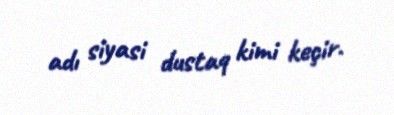
adı siyasi dustaq kimi keçir.